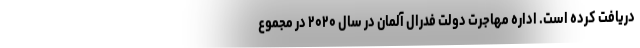
دریافت کرده است. اداره مهاجرت دولت فدرال آلمان در سال ۲۰۲۰ در مجموع